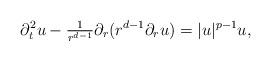
LaTeX: \begin{align*}\partial^2_t u - \tfrac{1}{r^{d-1}}\partial_r ( r^{d-1} \partial_r u) = |u|^{p-1} u,\end{align*}